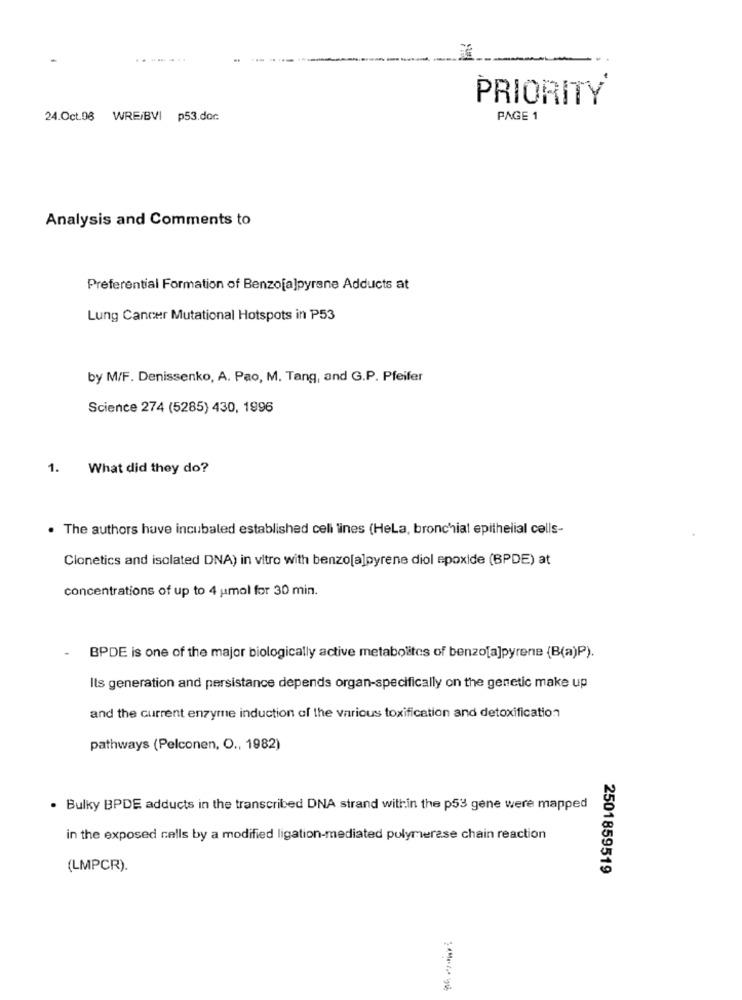
PRIORITY
24.Oct.96 WRE/BVI p53.doc
PAGE 1
Analysis and Comments to
Preferential Formation of Benzo[a]pyrene Adducts at
Lung Cancer Mutational Hotspots in P53
by M/F. Denissenko, A. Pao, M. Tang, and G.P. Pfeifer
Science 274 (5285) 430, 1996
1.
What did they do?
The authors have incubaled established celi lines (HeLa, bronchial epithelial cells-
Clonetics and isolated DNA) in vitro with benzo[a]pyrene diol epoxide (BPDE) at
concentrations of up to 4 umol for 30 min.
BPDE is one of the major biologically active metabolites of benzo[a]pyrene (B(a)P).
Its generation and persistance depends organ-specifically on the genetic make up
and the current enzyme induction of the various toxification and detoxification
pathways (Pelconen, O ., 1982)
. Bulky BPDE adducts in the transcribed DNA strand within the p53 gene were mapped
in the exposed cells by a modified ligation-mediated polymerase chain reaction
(LMPCR).
2501859519